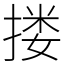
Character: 搂